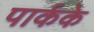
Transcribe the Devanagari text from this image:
पार्कके